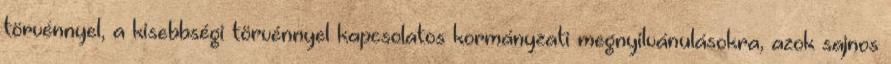
törvénnyel, a kisebbségi törvénnyel kapcsolatos kormányzati megnyilvánulásokra, azok sajnos